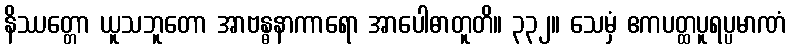
နိဿတ္တော ယူသဘူတော အာဗန္ဓနာကာရော အာပေါဓာတူတိ။ ၃၃၂။ သေမှံ ဧကပတ္ထပူရပ္ပမာဏံ